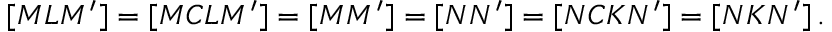
[ M L M ^ { \prime } ] = [ M C L M ^ { \prime } ] = [ M M ^ { \prime } ] = [ N N ^ { \prime } ] = [ N C K N ^ { \prime } ] = [ N K N ^ { \prime } ] \, .